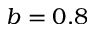
b = 0 . 8